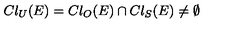
C l _ { U } ( E ) = C l _ { O } ( E ) \cap C l _ { S } ( E ) \ne \emptyset